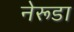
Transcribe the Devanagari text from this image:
नेरूडा